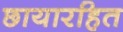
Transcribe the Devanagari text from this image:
छायारहित